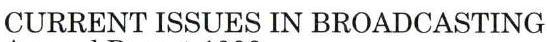
CURRENT ISSUES IN BROADCASTING